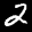
Label: 2